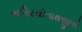
ભગિરથીનાથજીએ